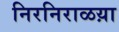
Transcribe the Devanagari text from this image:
निरनिराळय़ा